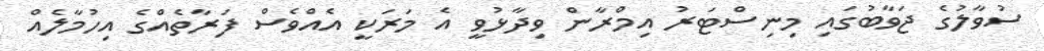
ސުވާލުގެ ޖަވާބުގައި މިނިސްޓަރު އިމްރާން ވިދާޅުވީ އެ މަރަކީ އެއްވެސް ފަރާތެއްގެ އިހުމާލެއް